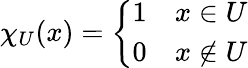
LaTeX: \chi_{U}(x)={\left\{ \begin{array}{ll}{1}&{x\in U}\\ {0}&{x\not\in U}\end{array}\right.}